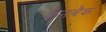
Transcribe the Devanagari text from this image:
केनबैक